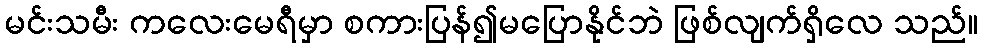
မင်းသမီး ကလေးမေရီမှာ စကားပြန်၍မပြောနိုင်ဘဲ ဖြစ်လျက်ရှိလေ သည်။